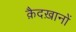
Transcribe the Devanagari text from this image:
क़ैदख़ानों